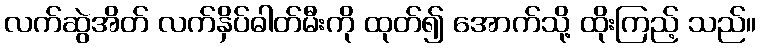
လက်ဆွဲအိတ် လက်နှိပ်ဓါတ်မီးကို ထုတ်၍ အောက်သို့ ထိုးကြည့် သည်။